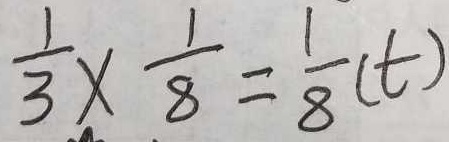
\frac { 1 } { 3 } \times \frac { 1 } { 8 } = \frac { 1 } { 8 } ( t )